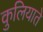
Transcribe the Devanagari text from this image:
कुलियाते